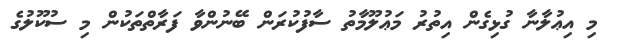
މި އިޢުލާނާ ގުޅިގެން އިތުރު މަޢުލޫމާތު ސާފުކުރަން ބޭނުންވާ ފަރާތްތަކުން މި ސުކޫލުގެ